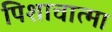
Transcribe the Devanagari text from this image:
पिशाचात्मा